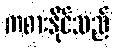
ကစားနိုင်သည်